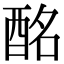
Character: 酩